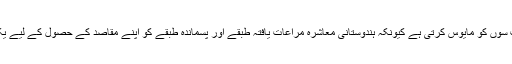
اس قسم کی صورتحال بہت سوں کو مایوس کرتی ہے کیونکہ ہندوستانی معاشرہ مراعات یافتہ طبقے اور پسماندہ طبقے کو اپنے مقاصد کے حصول کے لیے یکساں مواقع فراہم نہیں کرتا۔